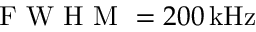
\mathrm { ~ F ~ W ~ H ~ M ~ } = 2 0 0 \, \mathrm { k H z }